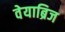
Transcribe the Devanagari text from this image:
वेयाब्रिज